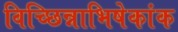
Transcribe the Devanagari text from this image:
विच्छिन्नाभिषेकांक